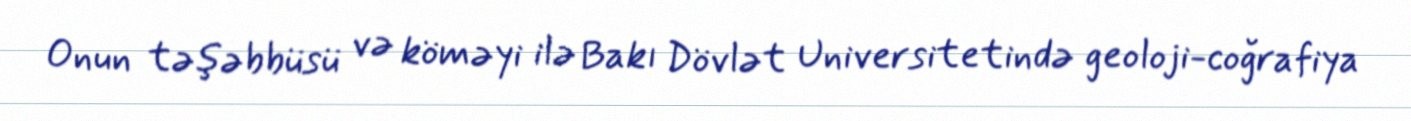
Onun təşəbbüsü və köməyi ilə Bakı Dövlət Universitetində geoloji-coğrafiya